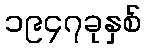
၁၉၄၇ခုနှစ်